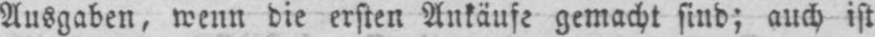
Ausgaben, wenn die ersten Ankäufe gemacht sind; auch ist